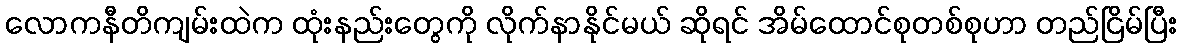
လောကနီတိကျမ်းထဲက ထုံးနည်းတွေကို လိုက်နာနိုင်မယ် ဆိုရင် အိမ်ထောင်စုတစ်စုဟာ တည်ငြိမ်ပြီး